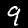
Label: 9